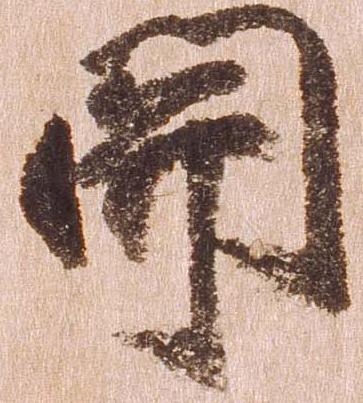
関